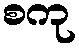
စကု